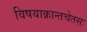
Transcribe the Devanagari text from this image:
विषयाक्रान्तचेतसः